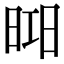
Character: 𣇖